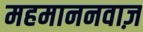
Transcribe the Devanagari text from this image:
महमाननवाज़